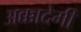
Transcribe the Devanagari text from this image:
अक्कादेमी